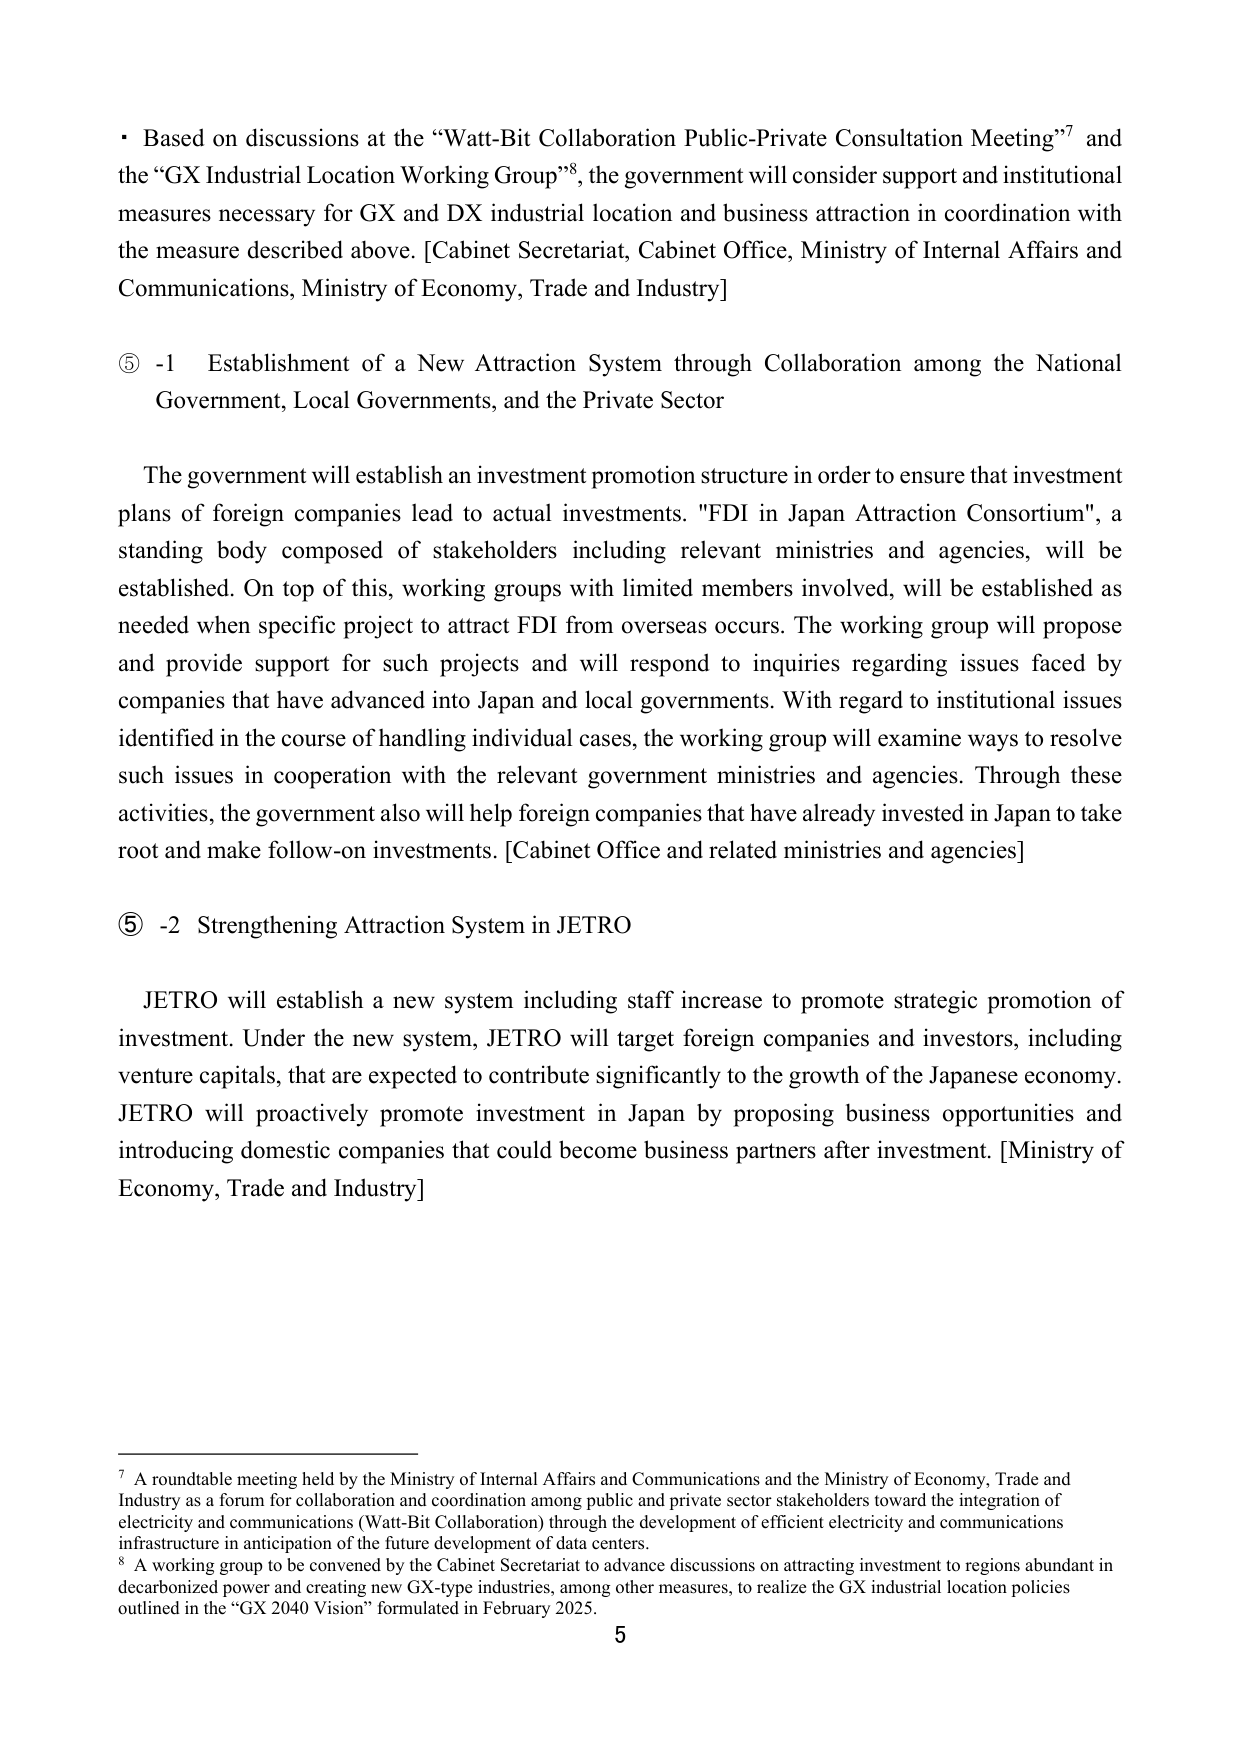
• Based on discussions at the “Watt-Bit Collaboration Public-Private Consultation Meeting”⁷ and the “GX Industrial Location Working Group”⁸, the government will consider support and institutional measures necessary for GX and DX industrial location and business attraction in coordination with the measure described above. [Cabinet Secretariat, Cabinet Office, Ministry of Internal Affairs and Communications, Ministry of Economy, Trade and Industry]

⑤ -1 Establishment of a New Attraction System through Collaboration among the National Government, Local Governments, and the Private Sector

The government will establish an investment promotion structure in order to ensure that investment plans of foreign companies lead to actual investments. "FDI in Japan Attraction Consortium", a standing body composed of stakeholders including relevant ministries and agencies, will be established. On top of this, working groups with limited members involved, will be established as needed when specific project to attract FDI from overseas occurs. The working group will propose and provide support for such projects and will respond to inquiries regarding issues faced by companies that have advanced into Japan and local governments. With regard to institutional issues identified in the course of handling individual cases, the working group will examine ways to resolve such issues in cooperation with the relevant government ministries and agencies. Through these activities, the government also will help foreign companies that have already invested in Japan to take root and make follow-on investments. [Cabinet Office and related ministries and agencies]

⑤ -2 Strengthening Attraction System in JETRO

JETRO will establish a new system including staff increase to promote strategic promotion of investment. Under the new system, JETRO will target foreign companies and investors, including venture capitals, that are expected to contribute significantly to the growth of the Japanese economy. JETRO will proactively promote investment in Japan by proposing business opportunities and introducing domestic companies that could become business partners after investment. [Ministry of Economy, Trade and Industry]

⁷ A roundtable meeting held by the Ministry of Internal Affairs and Communications and the Ministry of Economy, Trade and Industry as a forum for collaboration and coordination among public and private sector stakeholders toward the integration of electricity and communications (Watt-Bit Collaboration) through the development of efficient electricity and communications infrastructure in anticipation of the future development of data centers.

⁸ A working group to be convened by the Cabinet Secretariat to advance discussions on attracting investment to regions abundant in decarbonized power and creating new GX-type industries, among other measures, to realize the GX industrial location policies outlined in the “GX 2040 Vision” formulated in February 2025.

5